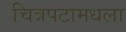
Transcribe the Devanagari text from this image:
चित्रपटामधला